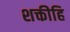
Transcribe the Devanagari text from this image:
शक्तीहि